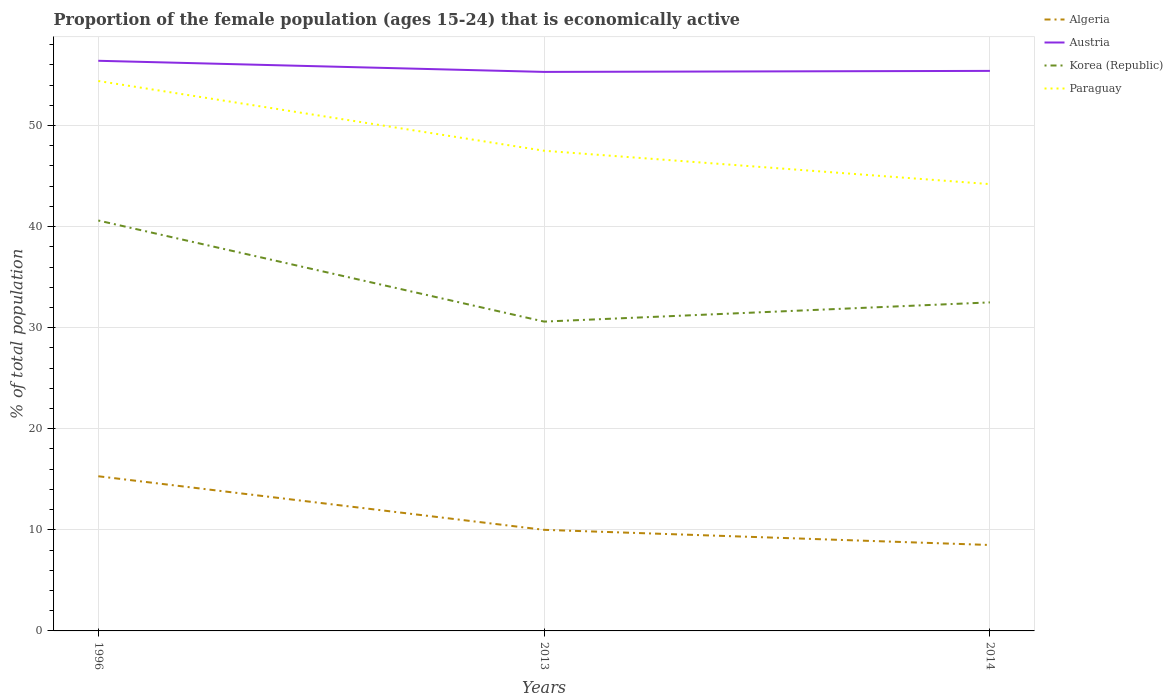
| Years | Algeria | Austria | Korea (Republic) | Paraguay |
 | --- | --- | --- | --- | --- |
 | 1996 | 15.3 | 56.4 | 40.6 | 54.4 |
 | 2013 | 10 | 55.3 | 30.6 | 47.5 |
 | 2014 | 8.5 | 55.4 | 32.5 | 44.2 |